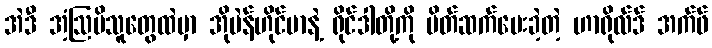
အဲဒီ အံ့ဩမိသူတွေထဲမှာ အိုပဲန်ဟိုင်မာနဲ့ ရိုင်ဒါတို့ကို မိတ်ဆက်ပေးခဲ့တဲ့ ဟာရိုလ်ဒ် အက်ဖ်